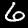
Label: 6